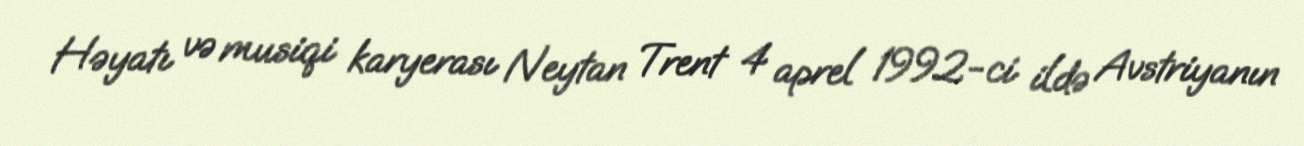
Həyatı və musiqi karyerası Neytan Trent 4 aprel 1992-ci ildə Avstriyanın